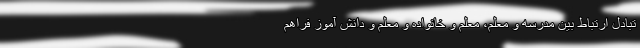
تبادل ارتباط بین مدرسه و معلم، معلم و خانواده و معلم و دانش آموز فراهم